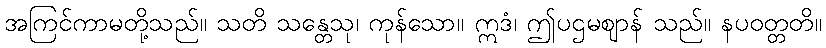
အကြင်ကာမတို့သည်။ သတိ သန္တေသု၊ ကုန်သော။ ဣဒံ၊ ဤပဌမဈာန် သည်။ နပဝတ္တတိ။